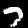
Label: 7